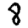
Digit: 8